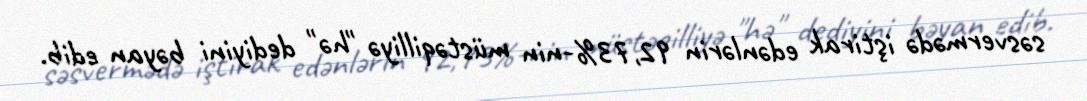
səsvermədə iştirak edənlərin 92,73%-nin müstəqilliyə "hə" dediyini bəyan edib.